Annual administration report of the Civil Veterinary Department of India - 1903-1904
Year: 1903
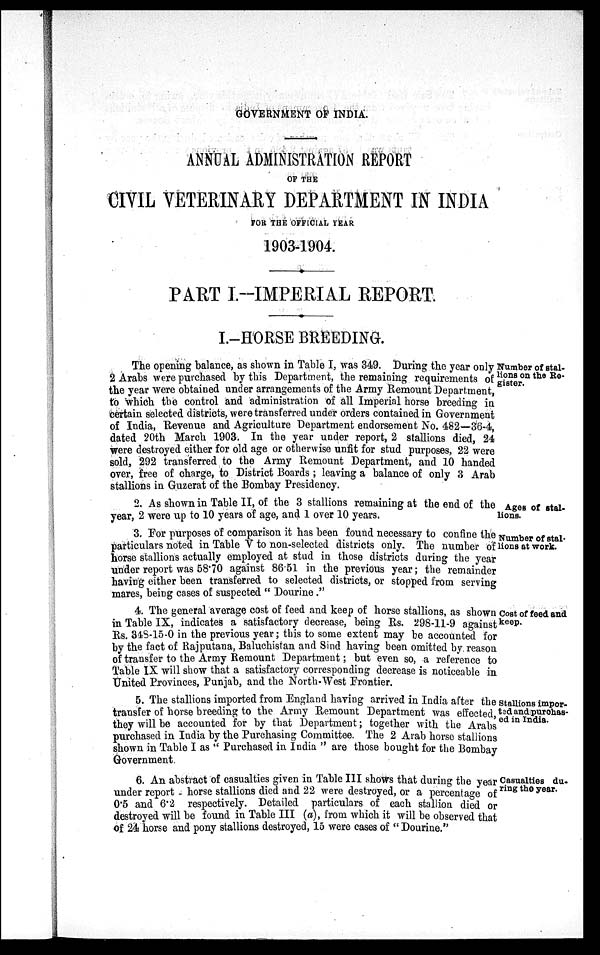
GOVERNMENT OF INDIA.
ANNUAL ADMINISTRATION REPORT
OF THE
CIVIL VETERINARY DEPARTMENT IN INDIA
FOR THE OFFICIAL YEAR
1903-1904.
PART I.-IMPERIAL REPORT.
I.-HORSE BREEDING.
Number of stal-
lions on the Re-
gister.
The opening balance, as shown in Table I, was 349. During the year only
2 Arabs were purchased by this Department, the remaining requirements of
the year were obtained under arrangements of the Army Remount Department,
to which the control and administration of all Imperial horse breeding in
certain selected districts, were transferred under orders contained in Government
of India, Revenue and Agriculture Department endorsement No. 482—36-4,
dated 20th March 1903. In the year under report, 2 stallions died, 24
were destroyed either for old age or otherwise unfit for stud purposes, 22 were
sold, 292 transferred to the Army Remount Department, and 10 handed
over, free of charge, to District Boards; leaving a balance of only 3 Arab
stallions in Guzerat of the Bombay Presidency.
Ages of stal-
lions.
2. As shown in Table II, of the 3 stallions remaining at the end of the
year, 2 were up to 10 years of age, and 1 over 10 years.
Number of stal-
lions at work.
3. For purposes of comparison it has been found necessary to confine the
particulars noted in Table V to non-selected districts only. The number of
horse stallions actually employed at stud in those districts during the year
under report was 58.70 against 86.51 in the previous year; the remainder
having either been transferred to selected districts, or stopped from serving
mares, being cases of suspected "Dourine."
Cost of feed and
keep.
4. The general average cost of feed and keep of horse stallions, as shown
in Table IX, indicates a satisfactory decrease, being Rs. 298-11-9 against
Rs. 348-15-0 in the previous year; this to some extent may be accounted for
by the fact of Rajputana, Baluchistan and Sind having been omitted by reason
of transfer to the Army Remount Department; but even so, a reference to
Table IX will show that a satisfactory corresponding decrease is noticeable in
United Provinces, Punjab, and the North-West Frontier.
Stallions impor-
ted and purchas-
ed in India.
5. The stallions imported from England having arrived in India after the
transfer of horse breeding to the Army Remount Department was effected,
they will be accounted for by that Department; together with the Arabs
purchased in India by the Purchasing Committee. The 2 Arab horse stallions
shown in Table I as "Purchased in India" are those bought for the Bombay
Government.
Casualties du-
ring the year.
6. An abstract of casualties given in Table III shows that during the year
under report - horse stallions died and 22 were destroyed, or a percentage of
0.5 and 6.2 respectively. Detailed particulars of each stallion died or
destroyed will be found in Table III (a), from which it will be observed that
of 24 horse and pony stallions destroyed, 15 were cases of "Dourine."